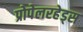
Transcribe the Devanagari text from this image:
प्रोपेलरहेड्स